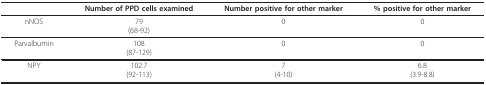
<table><thead><tr><td>[EMPTY_CELL]</td><td><b>Number of PPD cells examined</b></td><td><b>Number positive for other marker</b></td><td><b>% positive for other marker</b></td></tr></thead><tbody><tr><td>nNOS</td><td>79(68-92)</td><td>0</td><td>0</td></tr><tr><td>Parvalbumin</td><td>108(87-129)</td><td>0</td><td>0</td></tr><tr><td>NPY</td><td>102.7(92-113)</td><td>7(4-10)</td><td>6.8(3.9-8.8)</td></tr></tbody></table>